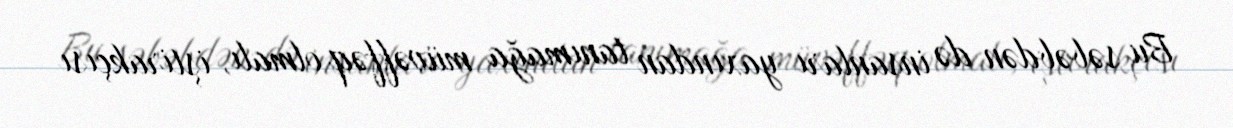
Bu səbəbdən də insanları yaxından tanımağa müvəffəq olmalı, iştirakçısı